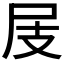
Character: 𡰸